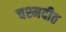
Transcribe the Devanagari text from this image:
चश्मदीठ